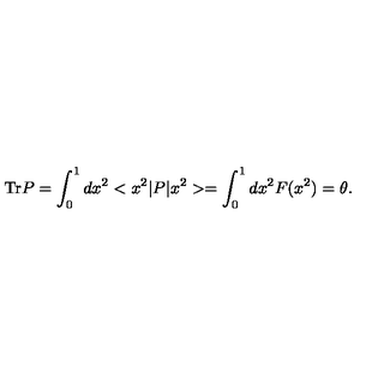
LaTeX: \mathrm { T r } P = \int _ { 0 } ^ { 1 } d x ^ { 2 } < x ^ { 2 } | P | x ^ { 2 } > = \int _ { 0 } ^ { 1 } d x ^ { 2 } F ( x ^ { 2 } ) = \theta .